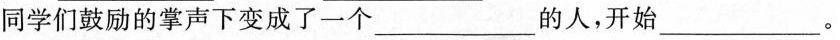
同学们鼓励的掌声下变成了一个___的人，开始___。